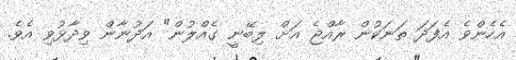
އެހެންވެ އެފަދަ ތަނަކުން ރާއްޖެ އަށް ލިބޭނީ ގެއްލުން" އަދުނާން ވިދާޅުވި އެވެ.